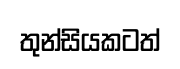
තුන්සියකටත්